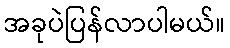
အခုပဲပြန်လာပါမယ်။